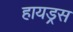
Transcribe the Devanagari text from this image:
हायड्रस